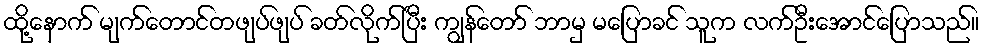
ထို့နောက် မျက်တောင်တဖျပ်ဖျပ် ခတ်လိုက်ပြီး ကျွန်တော် ဘာမှ မပြောခင် သူက လက်ဦးအောင်ပြောသည်။